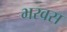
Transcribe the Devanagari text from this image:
भरवस